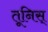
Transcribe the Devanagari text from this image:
तूनिस्